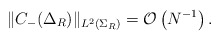
\begin{align*}\|C_-(\Delta_R)\|_{L^2(\Sigma_R)} = \mathcal{O} \left( N^{-1} \right).\end{align*}